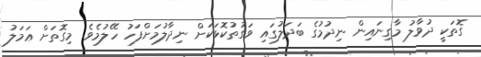
ގޮތަކީ ދުވާލު މާގިނައިން ނިދުމުގެ ބަދަލުގައި ވަގުތުކޮޅަކަށް ނިދާލުމަށްފަހު ހޭލުމެވެ. މިގޮތަށް ޢަމަލު